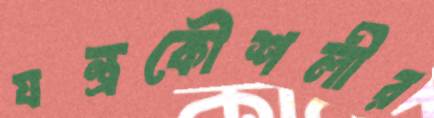
যন্ত্রকৌশলীর